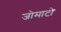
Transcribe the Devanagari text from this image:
जोमाटो